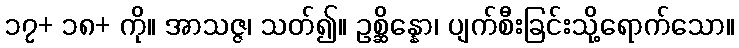
၁၇+ ၁၈+ ကို။ အာသဇ္ဇ၊ သတ်၍။ ဥစ္ဆိန္နော၊ ပျက်စီးခြင်းသို့ရောက်သော။